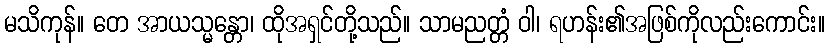
မသိကုန်။ တေ အာယသ္မန္တော၊ ထိုအရှင်တို့သည်။ သာမညတ္တံ ဝါ၊ ရဟန်း၏အဖြစ်ကိုလည်းကောင်း။